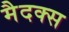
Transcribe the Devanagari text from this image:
मैदक्स